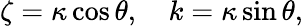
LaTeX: \zeta=\kappa\cos\theta,\quad k=\kappa\sin\theta,